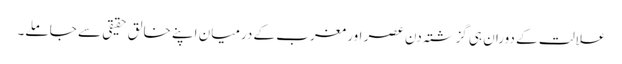
علالت کے دوران ہی گزشتہ دن عصر اور مغرب کے درمیان اپنے خالق حقیقی سے جا ملے۔